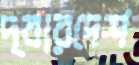
দ্বারদেশ